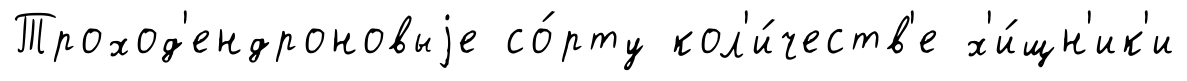
Троход'ендроновыjе со́рту кол'и́честв'е х'и́щн'ик'и